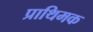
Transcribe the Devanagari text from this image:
प्राथिमक